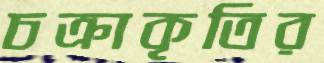
চক্রাকৃতির